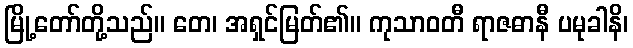
မြို့တော်တို့သည်။ တေ၊ အရှင်မြတ်၏။ ကုသာဝတီ ရာဇဓာနီ ပမုခါနိ၊